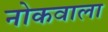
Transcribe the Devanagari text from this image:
नोकवाला